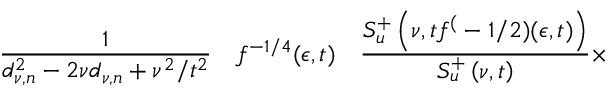
\frac 1 { d _ { \nu , n } ^ { 2 } - 2 \nu d _ { \nu , n } + \nu ^ { 2 } / t ^ { 2 } } \quad f ^ { - 1 / 4 } ( \epsilon , t ) \quad \frac { S _ { u } ^ { + } \left( \nu , t f ^ { ( } - 1 / 2 ) ( \epsilon , t ) \right) } { S _ { u } ^ { + } \left( \nu , t \right) } \times